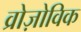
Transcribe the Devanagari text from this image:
व्रोज़ोविक